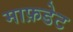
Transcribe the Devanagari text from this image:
माफ़डेट